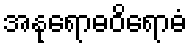
အနုရောဓဝိရောဓံ